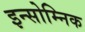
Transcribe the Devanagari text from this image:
इन्सोम्निक